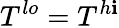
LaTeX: T^{lo}=T^{h\mathbf{i}}